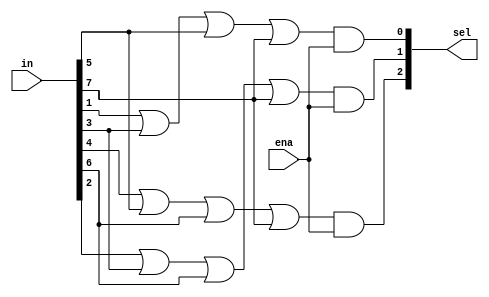

module encode8a3(
    input [7:0] in,    // Entradas del codificador
    input ena,        // Enable
    output [2:0] sel  // Salidas del codificador
);

  assign sel[2] = (in[4] | in[5] | in[6] | in[7]) & ena;
  assign sel[1] = (in[2] | in[3] | in[6] | in[7]) & ena;
  assign sel[0] = (in[1] | in[3] | in[5] | in[7]) & ena;

endmodule